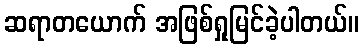
ဆရာတယောက် အဖြစ်ရှုမြင်ခဲ့ပါတယ်။